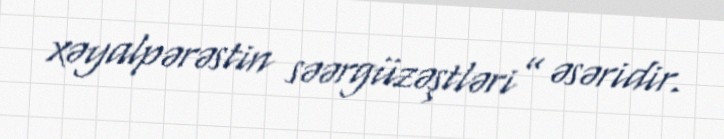
xəyalpərəstin səərgüzəştləri” əsəridir.